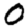
Digit: 0